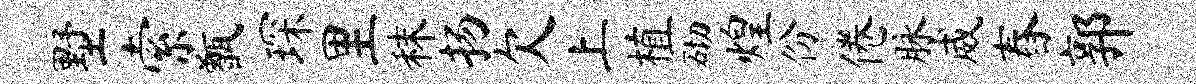
墅索甑琛里秣扬欠上植砌煌份倦脉威舂郭